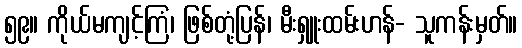
၅၉။ ကိုယ်မကျင့်ကြံ၊ ဖြစ်တုံ့ပြန်၊ မီးရှူးထမ်းဟန်- သူကန်းမှတ်။